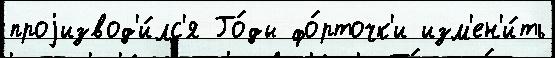
проjизвод'и́лс'я Го́ды фо́рточк'и изм'ен'и́ть